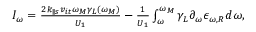
\begin{array} { r } { I _ { \omega } = \frac { 2 k _ { \parallel s } v _ { i t } \omega _ { M } \gamma _ { L } ( \omega _ { M } ) } { U _ { 1 } } - \frac { 1 } { U _ { 1 } } \int _ { \omega } ^ { \omega _ { M } } \gamma _ { L } \partial _ { \omega } \epsilon _ { \omega , R } d \omega , } \end{array}